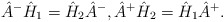
\begin{align*} \hat{A}^- \hat{H}_1 = \hat{H}_2 \hat{A}^-, \hat{A}^+ \hat{H}_2 = \hat{H}_1 \hat{A}^+.\end{align*}